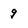
Character: 9